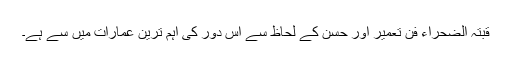
قبتہ الضحراء فن تعمیر اور حسن کے لحاظ سے اس دور کی اہم ترین عمارات میں سے ہے۔